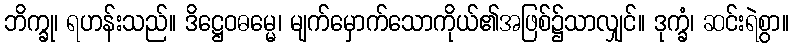
ဘိက္ခု၊ ရဟန်းသည်။ ဒိဋ္ဌေဝဓမ္မေ၊ မျက်မှောက်သောကိုယ်၏အဖြစ်၌သာလျှင်။ ဒုက္ခံ၊ ဆင်းရဲစွာ။